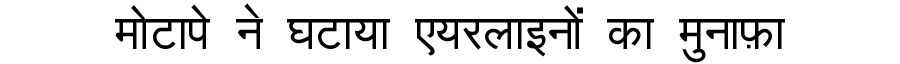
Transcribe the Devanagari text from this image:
मोटापे ने घटाया एयरलाइनों का मुनाफ़ा